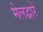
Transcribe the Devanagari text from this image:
मेलद्वारे